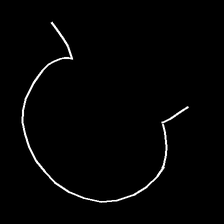
Glyph: weave